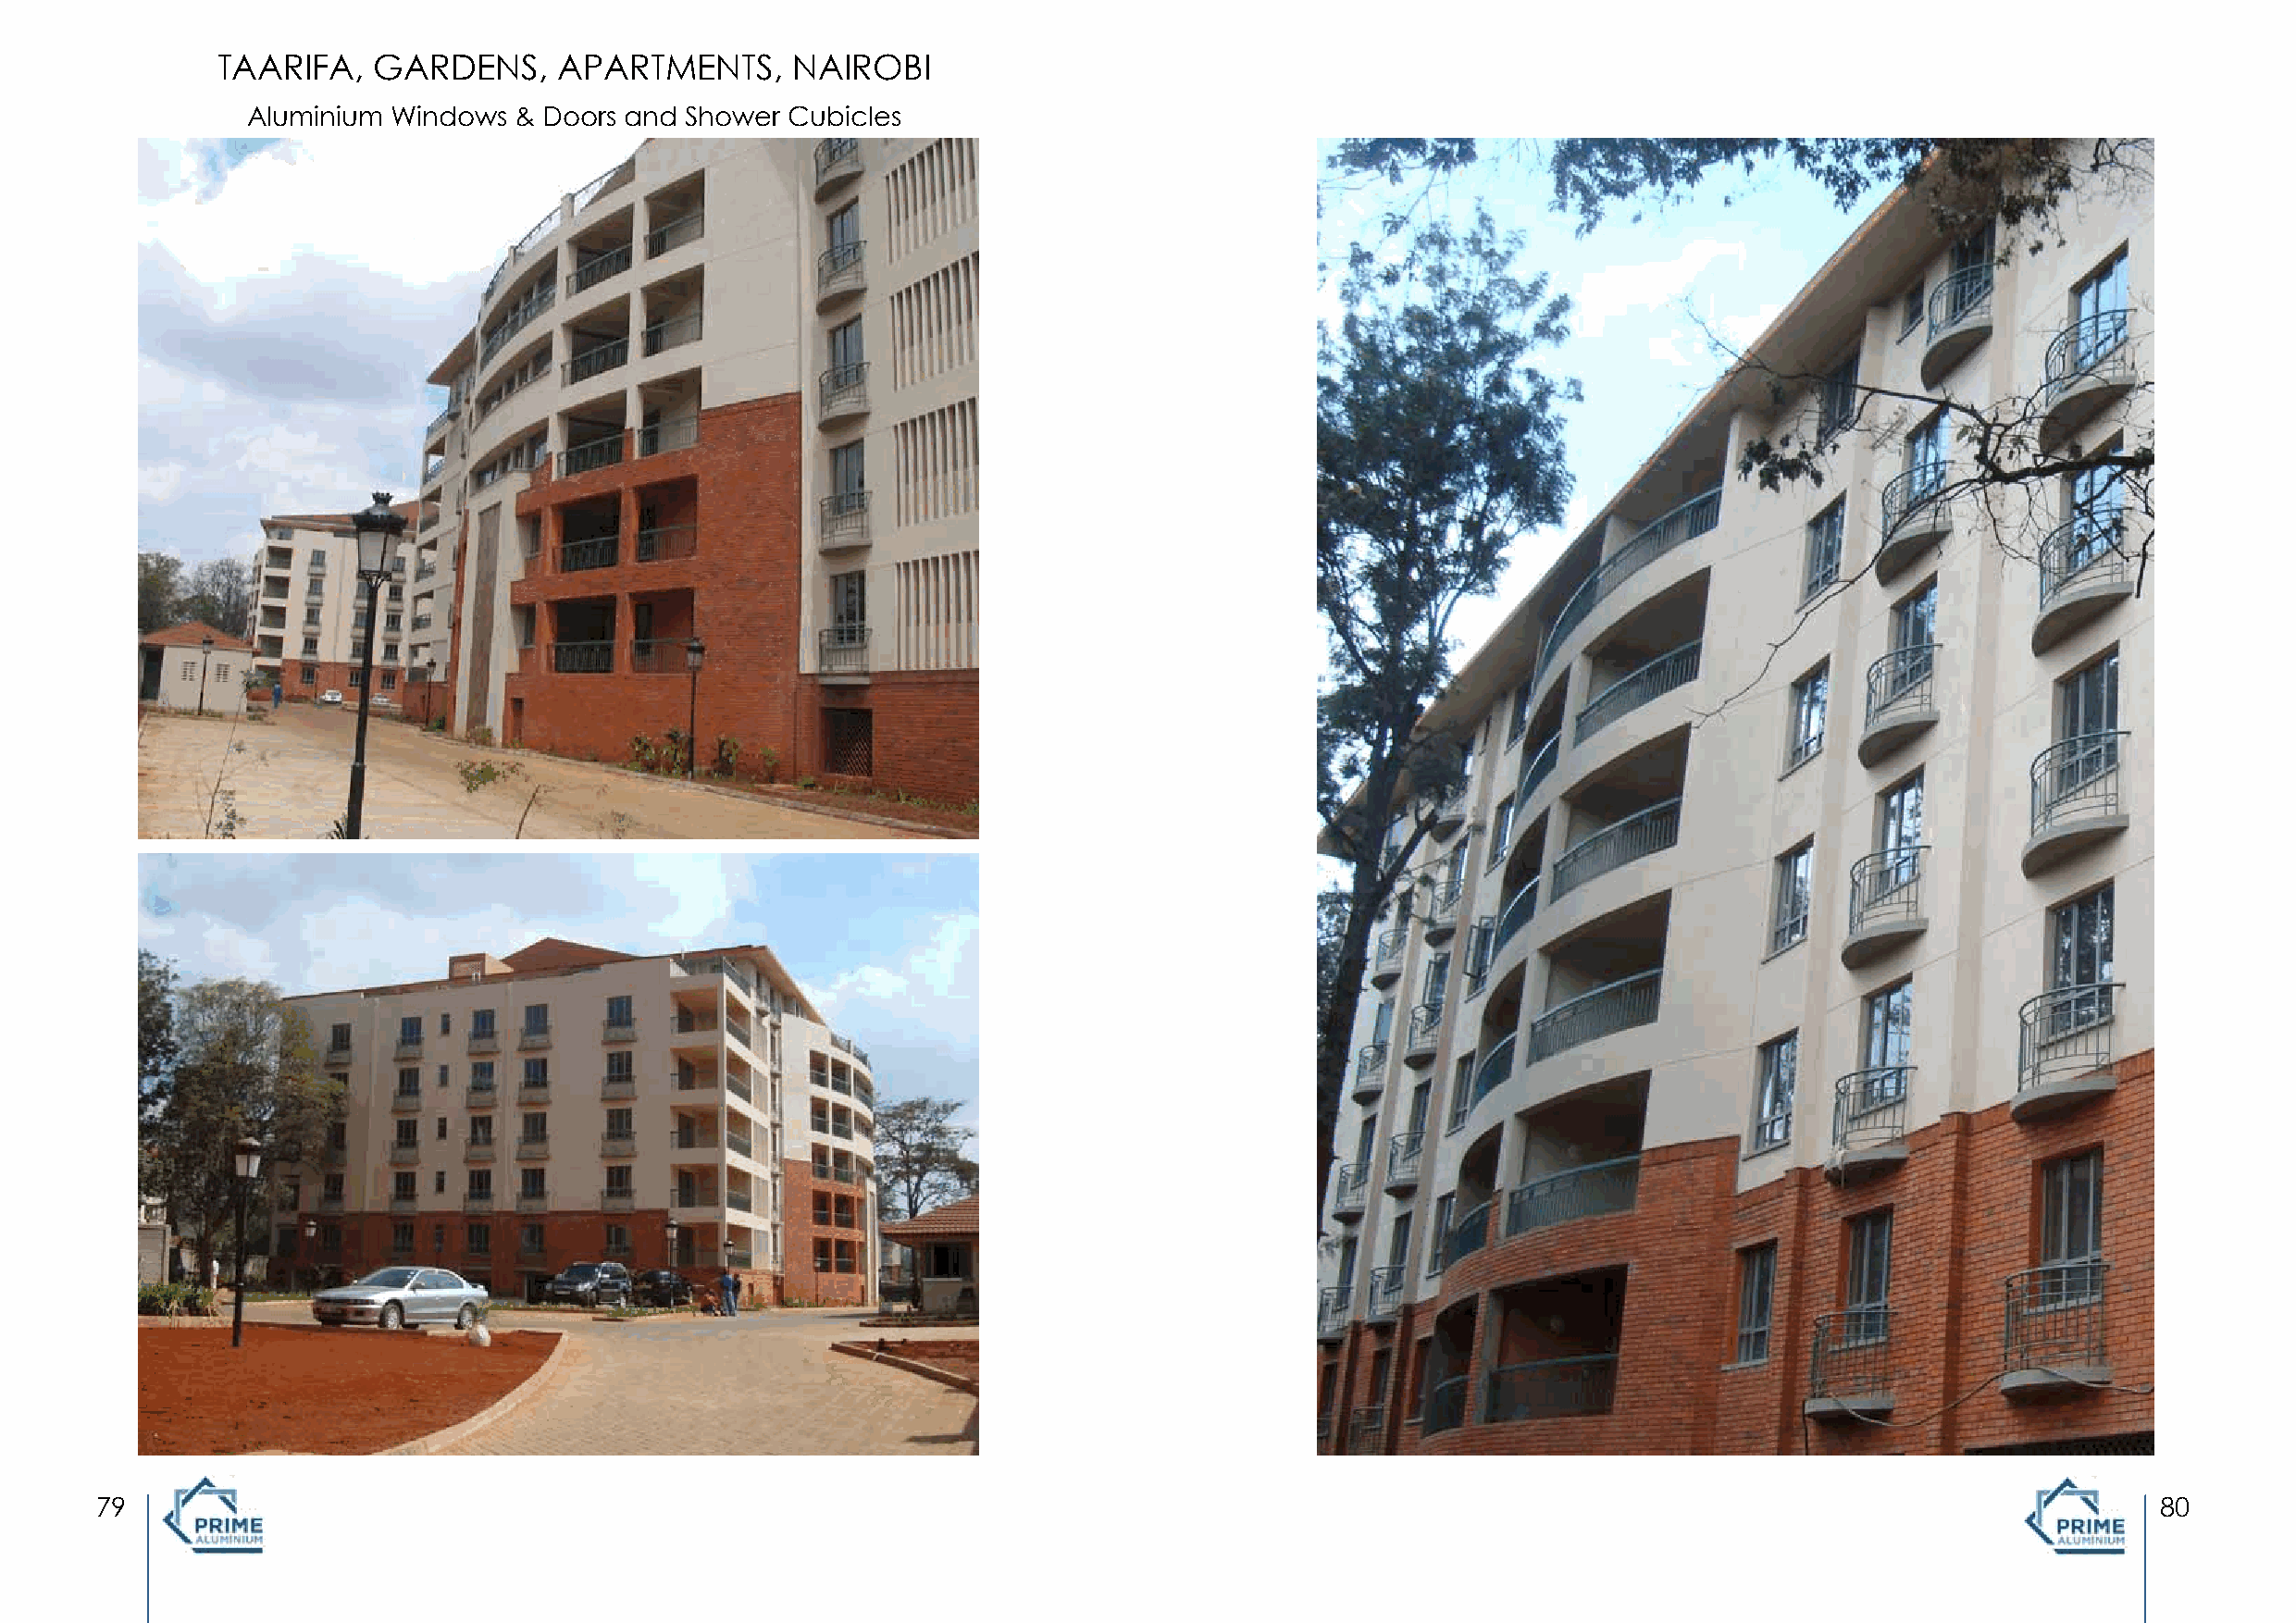
TAARIFA,   GARDENS,     APARTMENTS,      NAIROBI
 Aluminium Windows  & Doors and Shower Cubicles
 79                                                                                                                                                 80